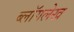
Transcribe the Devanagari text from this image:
ब्लॉगलेख